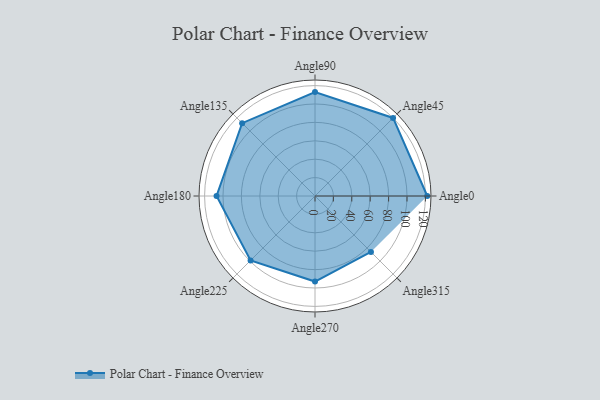
{"axis": {"x": "Angle", "y": "Radius"}, "legend": [""], "data": [{"x": "Angle0", "y": 122.0, "type": ""}, {"x": "Angle45", "y": 120.0, "type": ""}, {"x": "Angle90", "y": 113.0, "type": ""}, {"x": "Angle135", "y": 112.0, "type": ""}, {"x": "Angle180", "y": 107.0, "type": ""}, {"x": "Angle225", "y": 99.0, "type": ""}, {"x": "Angle270", "y": 93.0, "type": ""}, {"x": "Angle315", "y": 86.0, "type": ""}]}